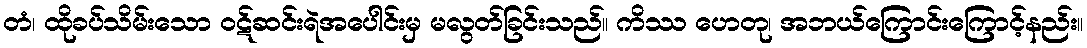
တံ၊ ထိုခပ်သိမ်းသော ဝဋ်ဆင်းရဲအပေါင်းမှ မလွတ်ခြင်းသည်။ ကိဿ ဟေတု၊ အဘယ်ကြောင်းကြောင့်နည်း။